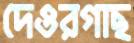
দেওরগাছ